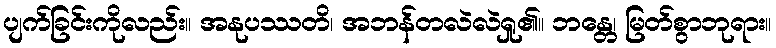
ပျက်ခြင်းကိုလည်း။ အနုပဿတိ၊ အဘန်တလဲလဲရှု၏။ ဘန္တေ၊ မြတ်စွာဘုရား။